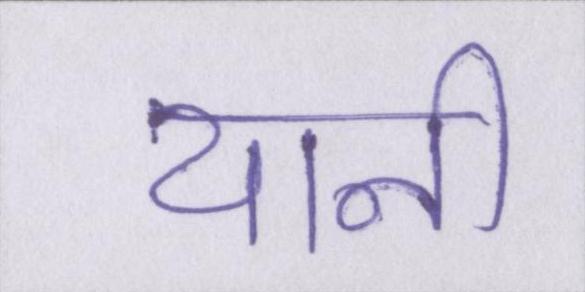
यानी